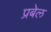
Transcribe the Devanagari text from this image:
प्रबेल